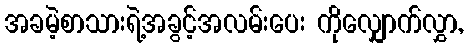
အခမဲ့စာသားရဲ့အခွင့်အလမ်းပေး ကိုလျှောက်လွှာ,